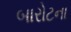
બારોટના